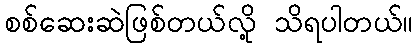
စစ်ဆေးဆဲဖြစ်တယ်လို့ သိရပါတယ်။